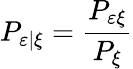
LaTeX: P_{\varepsilon|\xi}=\frac{P_{\varepsilon\xi}}{P_{\xi}}